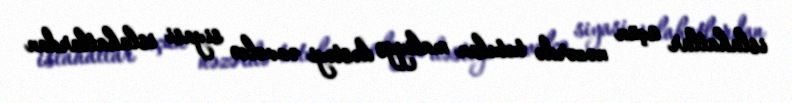
islahatlar üçün nəzərdə tutulan maliyyə dəstəyi əvvəlcə siyasi islahatlardan